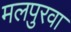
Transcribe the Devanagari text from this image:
मलपुरवा